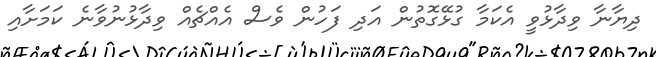
ދިޔާނާ ވިދާޅުވީ އެކަމާ ގުޅޭގޮތުން އަދި ފަހުން ވެސް އެއްޗެއް ވިދާޅުނުވާނެ ކަމަށާއި